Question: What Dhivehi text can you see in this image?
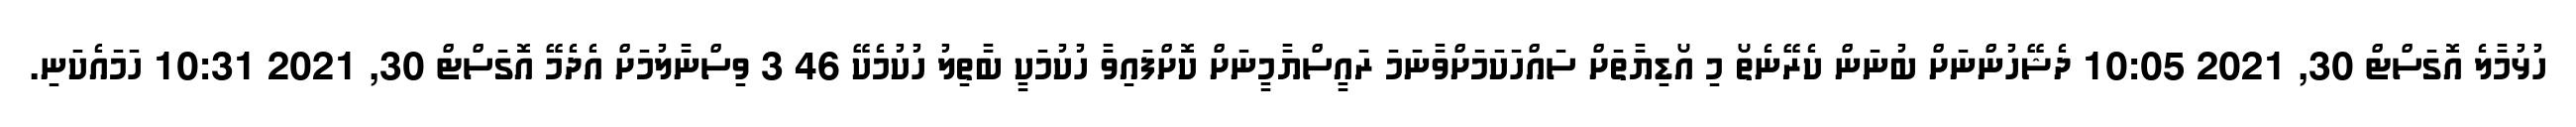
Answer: ހުޅުމާލެ އޮގަސްޓް 30, 2021 10:05 ދެޝޭހުންނަށް ބުނަން ކެރޭނެތޯ މި އޯޑިޔާތަށް ސައްހަކަމަށްވާނަމަ ރައީސްޔާމީނަށް ކޮށްފައިވާ ހުކުމަކީ ބާތިލު ހުކުމެކޭ 46 3 ވިސްނާލުމަށް އެދެމޭ އޮގަސްޓް 30, 2021 10:31 ހަމައެކަނި.